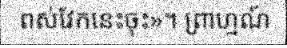
ពស់វែកនេះចុះ»។ ព្រាហ្មណ៍